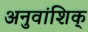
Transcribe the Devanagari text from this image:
अनुवांशिक्